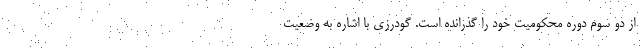
از دو سوم دوره محکومیت خود را گذرانده است. گودرزی با اشاره به وضعیت